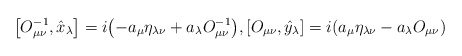
\begin{gather*}\big[O_{\mu\nu}^{-1},\hat{x}_\lambda\big]=i\big({-}a_\mu\eta_{\lambda\nu}+ a_\lambda O^{-1}_{\mu\nu}\big),[O_{\mu\nu},\hat{y}_\lambda]=i(a_\mu\eta_{\lambda\nu}- a_\lambda O_{\mu\nu})\end{gather*}